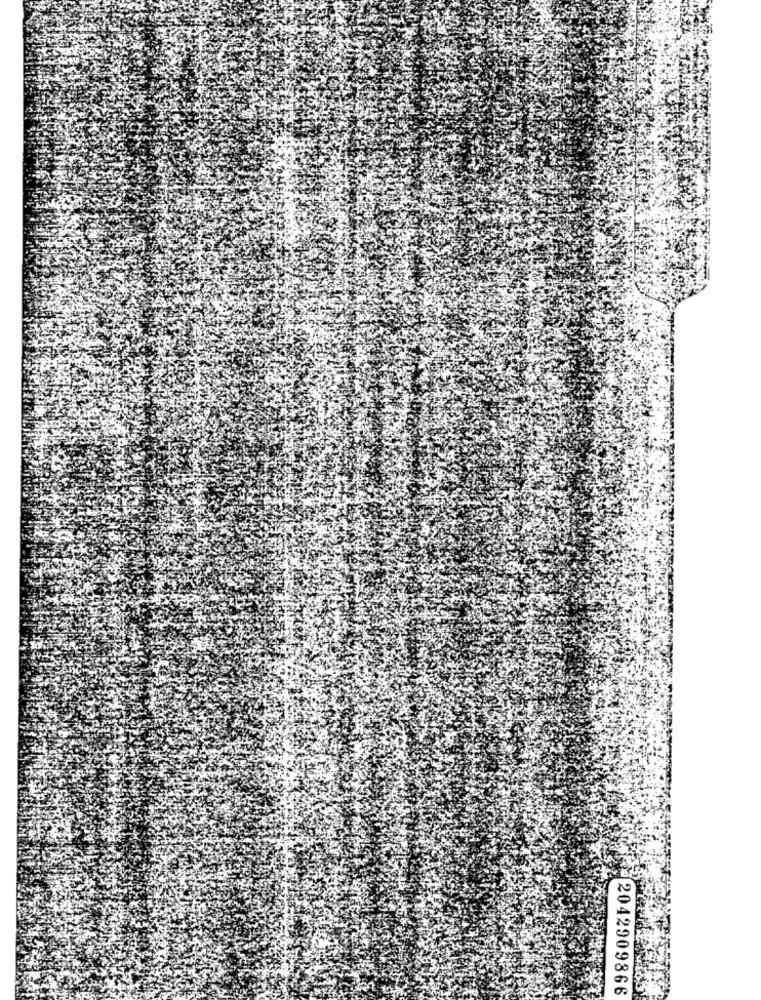
2042909866